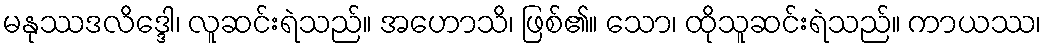
မနုဿဒလိဒ္ဒေါ၊ လူဆင်းရဲသည်။ အဟောသိ၊ ဖြစ်၏။ သော၊ ထိုသူဆင်းရဲသည်။ ကာယဿ၊